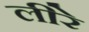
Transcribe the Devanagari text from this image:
लीरे